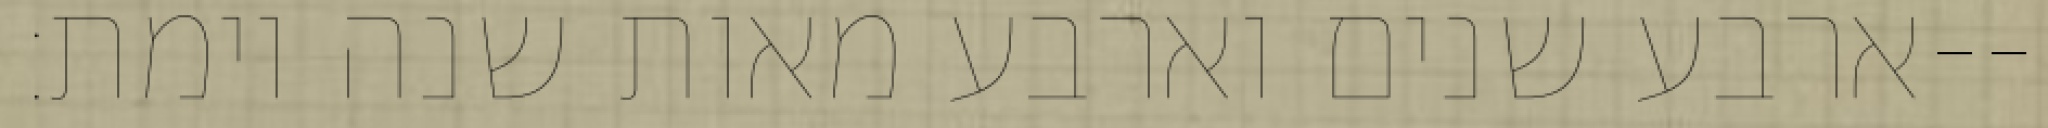
ארבע שנים וארבע מאות שנה וימת׃--